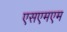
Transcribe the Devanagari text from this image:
एसएमएम